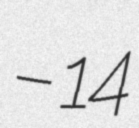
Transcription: – 14